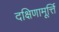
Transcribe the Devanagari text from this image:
दक्षिणामूर्त्ति